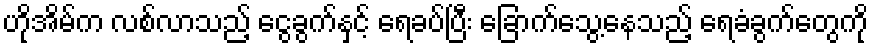
ဟိုအိမ်က လစ်လာသည့် ငွေခွက်နှင့် ရေခပ်ပြီး ခြောက်သွေ့နေသည့် ရေခံခွက်တွေကို